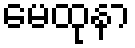
မေထုနာ